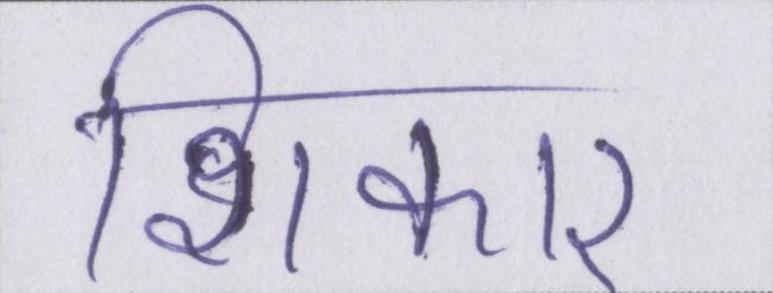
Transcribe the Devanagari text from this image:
शिकार